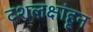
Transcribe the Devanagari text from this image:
दशल़क्षांहून